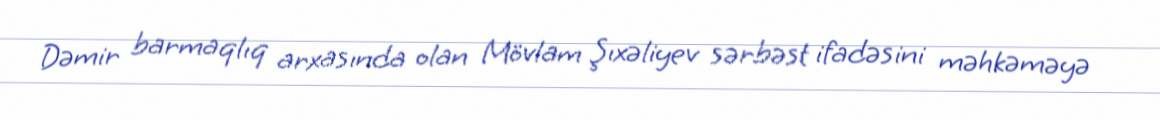
Dəmir barmaqlıq arxasında olan Mövlam Şıxəliyev sərbəst ifadəsini məhkəməyə